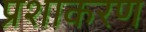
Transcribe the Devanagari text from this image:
प्रशाकरण